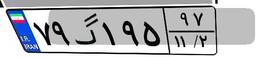
۷۹گ۱۹۵۹۷